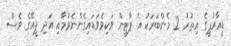
ޑީއާރުޕީގެ އިތުރު 2 މެންބަރަކު އެ ޕާޓީން ވަކިވެވަޑައިގެންނެވުމާއި އަދި ޕީއޭގެ ވެސް